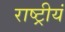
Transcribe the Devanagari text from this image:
राष्ट्रीयं